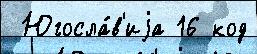
 Югосла́в'иjа 16 код